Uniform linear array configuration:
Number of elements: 4
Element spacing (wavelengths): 0.75
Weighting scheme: binomial
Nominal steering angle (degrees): -60
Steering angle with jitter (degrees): -60.843
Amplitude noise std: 0.05
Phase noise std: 0.05

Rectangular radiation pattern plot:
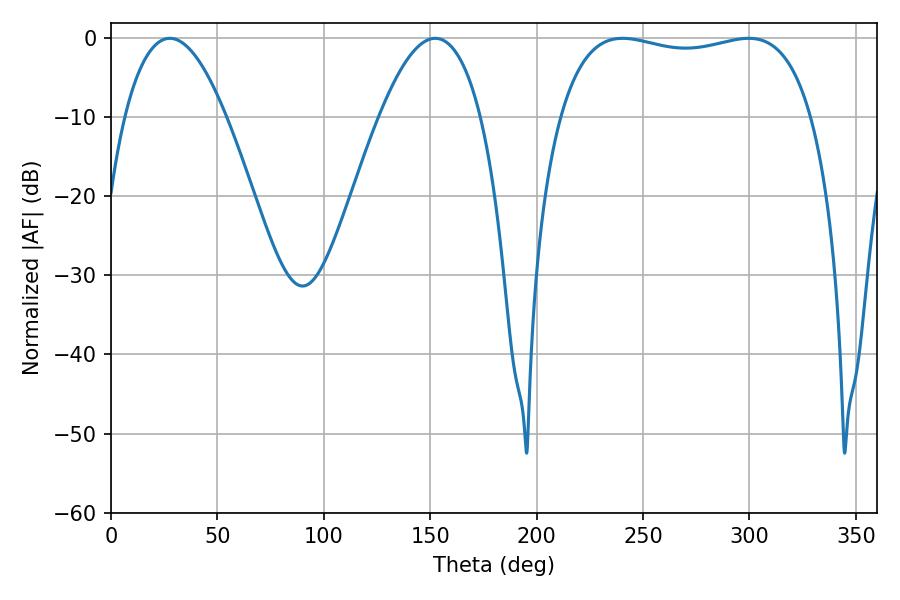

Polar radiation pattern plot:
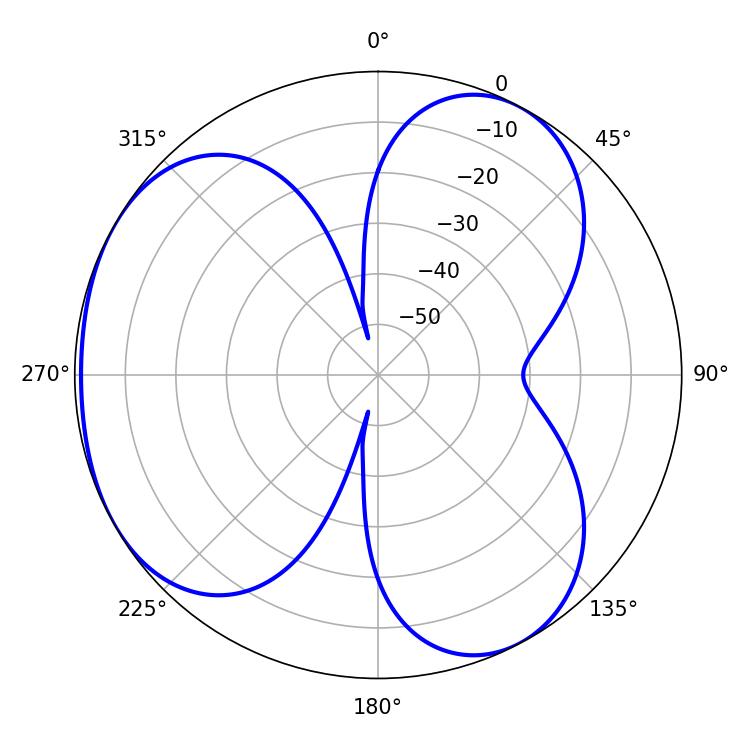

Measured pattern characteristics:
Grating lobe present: TRUE
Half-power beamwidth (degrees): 95.76
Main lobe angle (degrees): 240.48